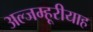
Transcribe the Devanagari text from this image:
अल्जम्हूरीयाह